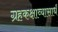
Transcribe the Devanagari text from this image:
ग्रहकक्षाव्यासार्धं